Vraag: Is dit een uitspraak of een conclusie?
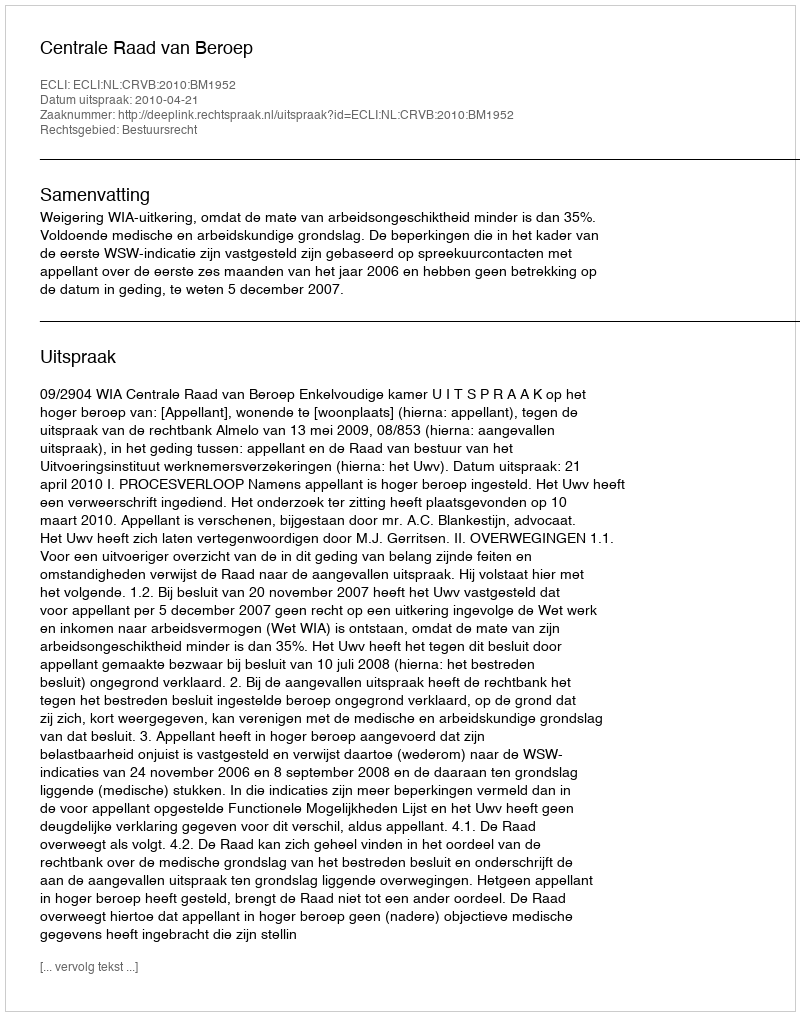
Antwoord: Uitspraak